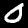
Digit: 0